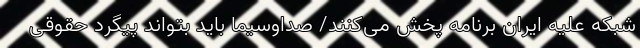
شبکه علیه ایران برنامه پخش می‌کنند/ صداوسیما باید بتواند پیگرد حقوقی